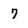
Character: 7